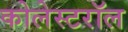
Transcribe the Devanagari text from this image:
कोलेस्टरॉल